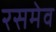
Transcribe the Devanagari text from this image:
रसमेव